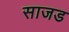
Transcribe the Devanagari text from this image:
साजड